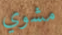
مشوي